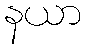
နယာ